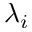
\lambda _ { i }